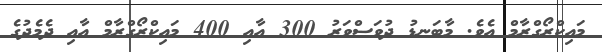
މައިކްރޯގްރާމް އެވެ. މާބަނޑު ދުވަސްވަރު 300 އާއި 400 މައިކްރޯގްރާމް އާއި ދެމެދުގެ